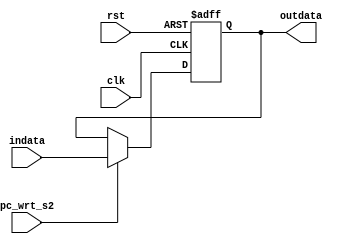
`timescale 1ns / 1ps
//////////////////////////////////////////////////////////////////////////////////
// Company: 
// Engineer: 
// 
// Design Name: 
// Module Name:    pc 
// Project Name: 
// Target Devices: 
// Tool versions: 
// Description: 
//
// Dependencies: 
//
// Revision: 
// Revision 0.01 - File Created
// Additional Comments: 
//
//////////////////////////////////////////////////////////////////////////////////
module pc(indata,outdata,pc_wrt_s2,rst,clk);
input [15:0]indata;
input clk,pc_wrt_s2,rst;
output [15:0] outdata;
reg [15:0] outdata;
always @ (posedge clk or negedge rst)
if(~rst)outdata=0;
else
begin
   if(pc_wrt_s2)
  begin
    outdata=indata;
    $display("At this posedge  contents of pc are %h",outdata);
  end
end
endmodule